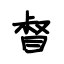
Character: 督